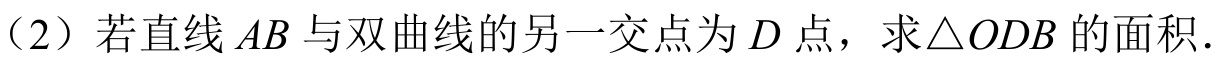
（2）若直线\(AB\)与双曲线的另一交点为\(D\)点，求\(\triangle ODB\)的面积.